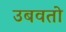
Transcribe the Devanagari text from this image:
उबवतो